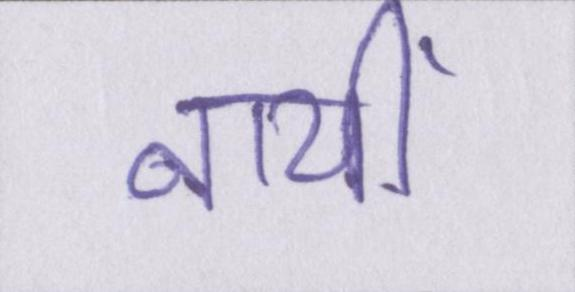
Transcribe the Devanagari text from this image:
नायीं